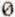
0